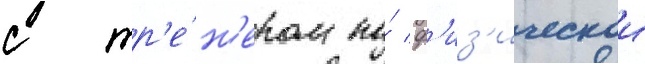
с тр'е́н'ером по́ ф'из'ическои